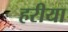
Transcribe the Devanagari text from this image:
हरीया